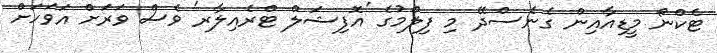
ޓެކްނޯ މީޑިއާއިން ގެނެސްދޭ މި ފިލްމުގެ 'އޮފިޝަލް ޓްރެއިލާރ' ވެސް ވަރަށް އަވަހަށް